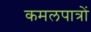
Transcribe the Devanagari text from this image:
कमलपात्रों